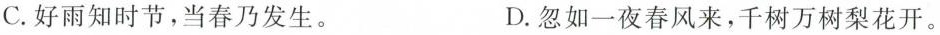
C.好雨知时节，当春乃发生。 D.忽如一夜春风来，千树万树梨花开。